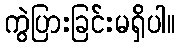
ကွဲပြားခြင်းမရှိပါ။